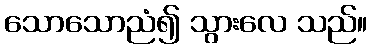
သောသောညံ၍ သွားလေ သည်။